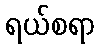
ရယ်စရာ